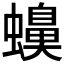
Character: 𧓝